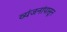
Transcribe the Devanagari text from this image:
व्यंजनांपासून